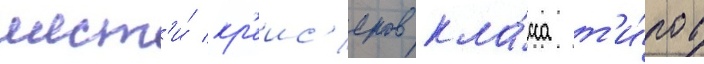
шест'и́ кр'еис'еров кла́сса т'и́пов